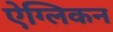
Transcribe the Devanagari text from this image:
ऐग्लिकन